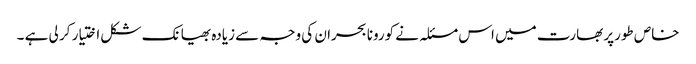
خاص طورپر بھارت میں اس مسئلہ نے کورونا بحران کی وجہ سے زیادہ بھیانک شکل اختیار کر لی ہے ۔